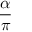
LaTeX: \frac { \alpha } { \pi }